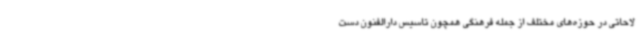
لاحاتی در حوزه‌های مختلف از جمله فرهنگی همچون تاسیس دارالفنون دست